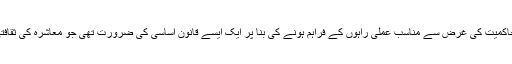
جمہوری اسلامی حکومت کے قیام کے بعد حکومت کے تمام شعبوں میں اسلامی کی حاکمیت کی غرض سے مناسب عملی راہوں کے فراہم ہونے کی بنا پر ایک ایسے قانون اساسی کی ضرورت تھی جو معاشرہ کی ثقافتی، سماجی، سیاسی اور معاشی بنیادوں کو بیان کرے اور اسلامی اصول کے مطابق ہو۔